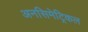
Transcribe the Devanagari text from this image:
अनसिमेट्रिकल